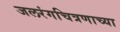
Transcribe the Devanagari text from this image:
जलरंगचित्रणाच्या